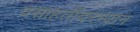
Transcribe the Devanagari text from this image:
वसाहतींदरम्यान